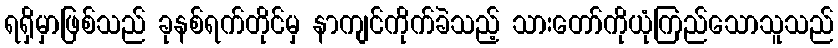
ရရှိမှာဖြစ်သည် ခုနစ်ရက်တိုင်မှ နာကျင်ကိုက်ခဲသည့် သားတော်ကိုယုံကြည်သောသူသည်